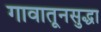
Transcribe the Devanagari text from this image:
गावातूनसुद्धा